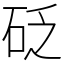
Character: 砭